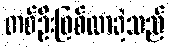
တစ်ဦးဖြစ်လာခဲ့သည်